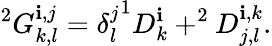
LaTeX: ^{2}G_{k,l}^{\mathbf{i},j}={\delta_{l}^{j}}^{1}D_{k}^{\mathbf{i}}+^{2}D_{j,l}^{\mathbf{i},k}.